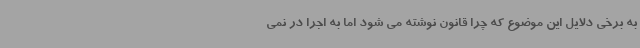
به برخی دلایل این موضوع که چرا قانون نوشته می شود اما به اجرا در نمی